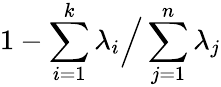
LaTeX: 1-\sum_{i=1}^{k}\lambda_{i}{\Big/}\sum_{j=1}^{n}\lambda_{j}